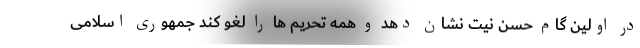
در اولین گام حسن نیت نشان دهد و همه تحریم ها را لغو کند جمهوری اسلامی